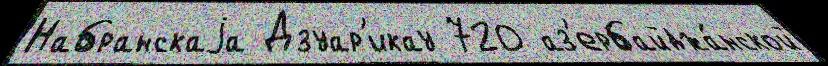
Набранскаjа Дзуар'икау 720 аз'ербайджа́нской